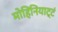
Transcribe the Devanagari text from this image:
मोहिनियाट्टं